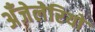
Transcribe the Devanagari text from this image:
अँजेलेरियो